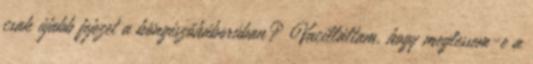
csak újabb fejezet a böngészőháborúban? Vacilláltam, hogy meglessem-e a